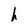
Character: h